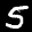
Label: 5